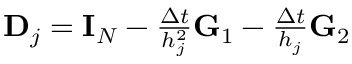
\begin{array} { r } { \mathbf { D } _ { j } = \mathbf { I } _ { N } - \frac { \Delta t } { h _ { j } ^ { 2 } } \mathbf { G } _ { 1 } - \frac { \Delta t } { h _ { j } } \mathbf { G } _ { 2 } } \end{array}